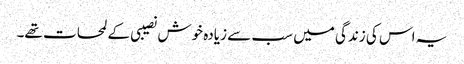
یہ اس کی زندگی میں سب سے زیادہ خوش نصیبی کے لمحات تھے۔